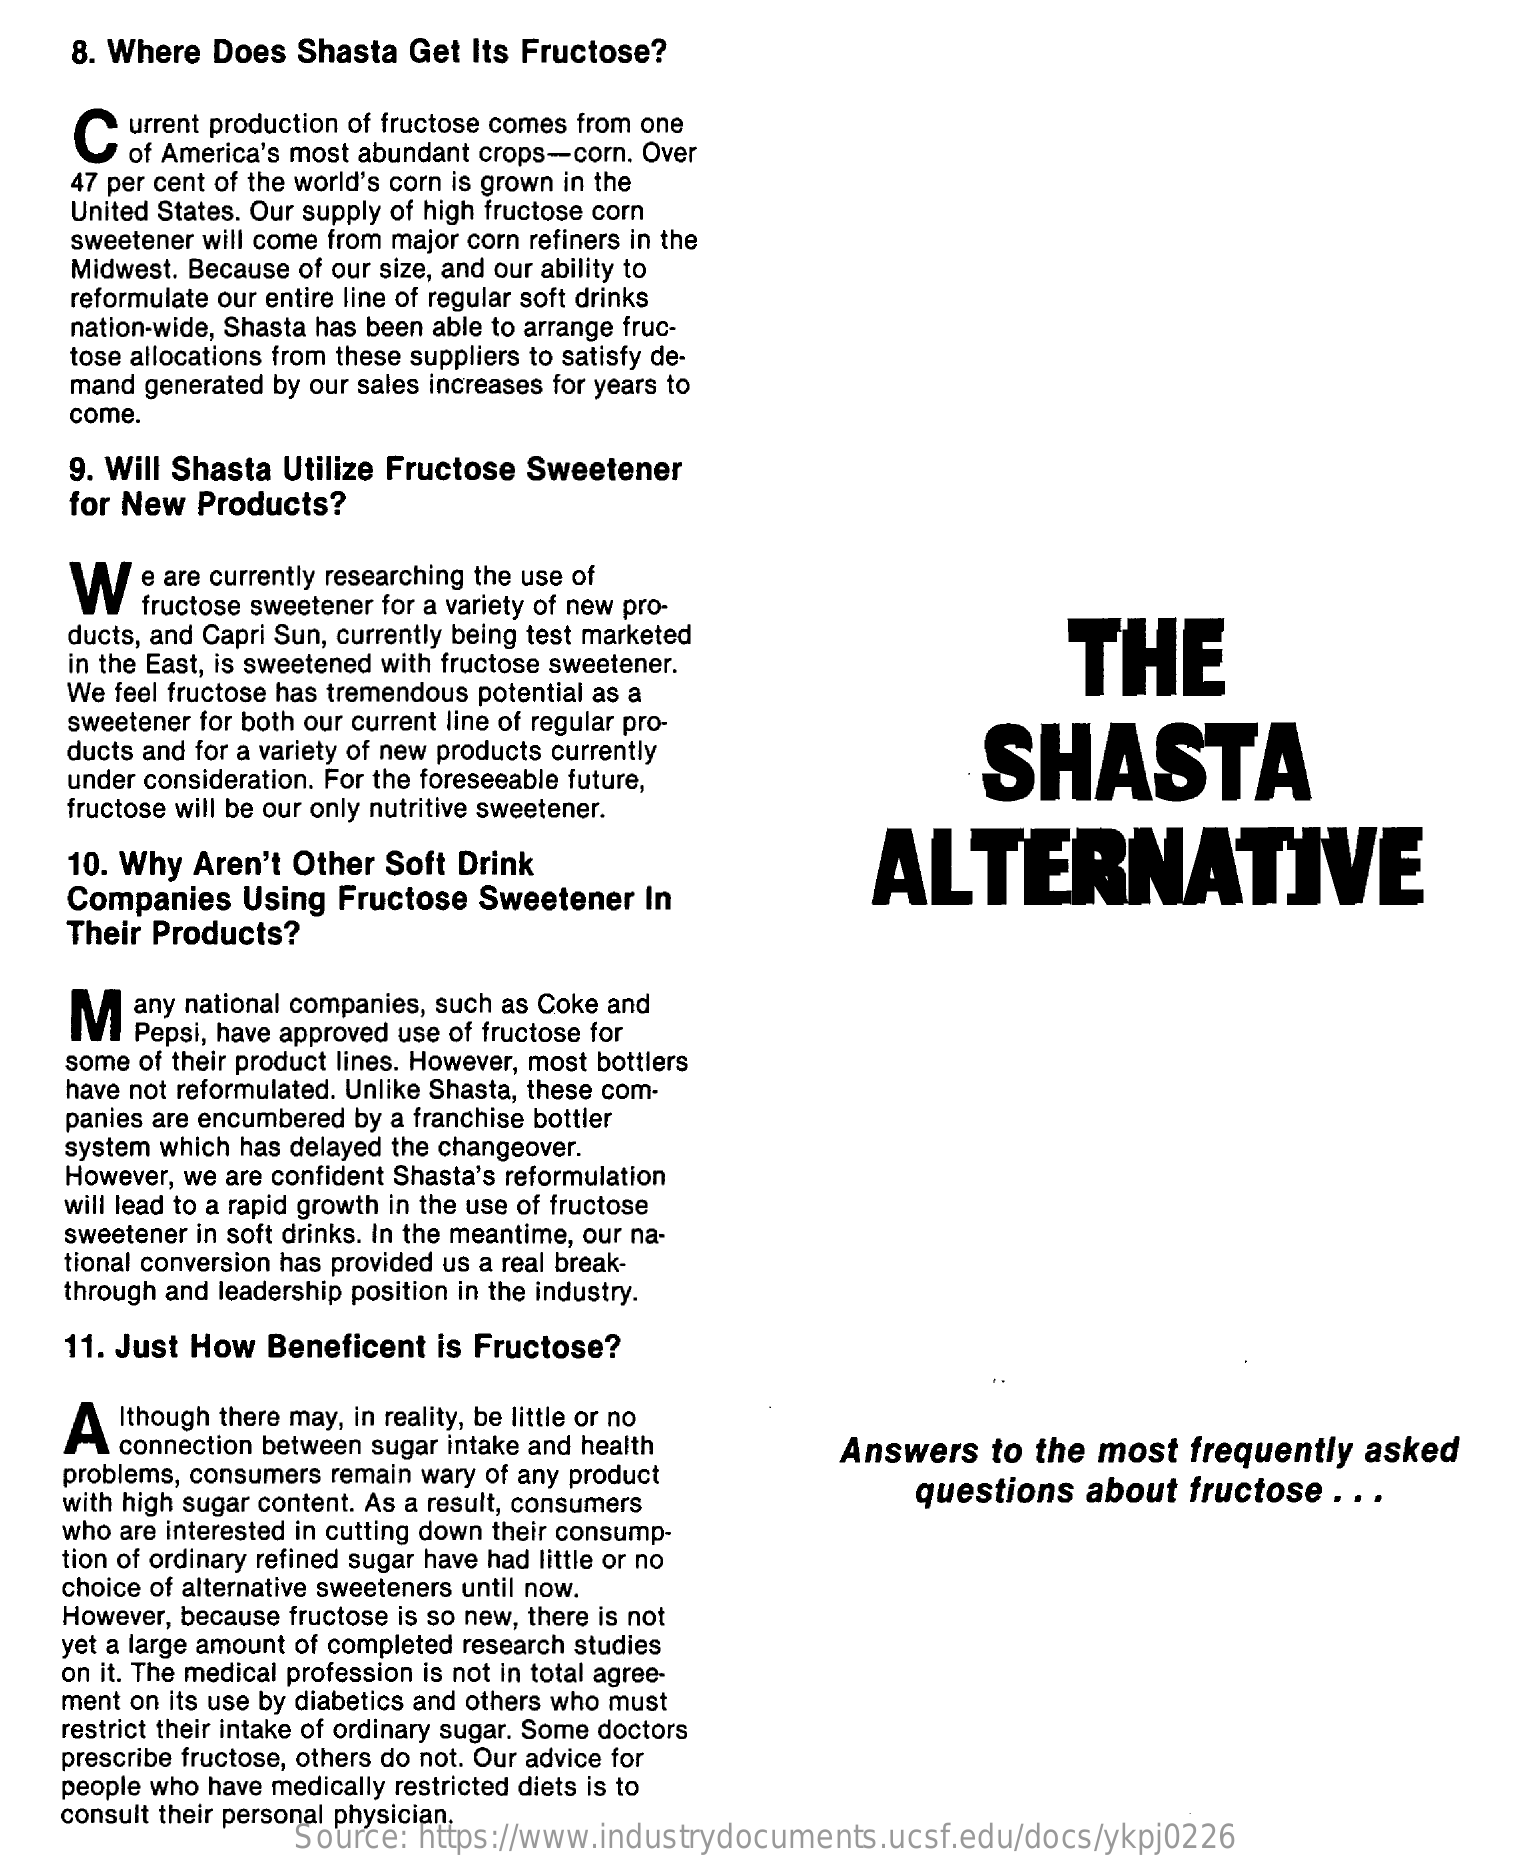
8. Where Does Shasta Get Its Fructose?
    C  urrent production of fructose comes from one
     of America's most abundant crops-corn. Over
    47 per cent of the world's corn is grown in the
    United States. Our supply of high fructose corn
    sweetener will come from major corn refiners in the
    Midwest. Because of our size, and our ability to
    reformulate our entire line of regular soft drinks
    nation-wide, Shasta has been able to arrange fruc-
    tose allocations from these suppliers to satisfy de-
    mand generated by our sales increases for years to
    come.
    9. Will Shasta Utilize Fructose Sweetener
    for New Products?
    W  e are currently researching the use of
     fructose sweetener for a variety of new pro-
    ducts, and Capri Sun, currently being test marketed
     THE in the East, is sweetened with fructose sweetener.
    We feel fructose has tremendous potential as a
    sweetener for both our current line of regular pro-
    ducts and for a variety of new products currently SHASTA
    under consideration. For the foreseeable future,
    fructose will be our only nutritive sweetener.
    10. Why Aren't Other Soft Drink    ALTERNATIVE
    Companies Using Fructose Sweetener In
    Their Products?
    M  any national companies, such as Coke and
     Pepsi, have approved use of fructose for
    some of their product lines. However, most bottlers
    have not reformulated. Unlike Shasta, these com-
   panies are encumbered by a franchise bottler
    system which has delayed the changeover.
    However, we are confident Shasta's reformulation
   will lead to a rapid growth in the use of fructose
    sweetener in soft drinks. In the meantime, our na-
    tional conversion has provided us a real break-
   through and leadership position in the industry.
    11. Just How Beneficent is Fructose?
   A  Ithough there may, in reality, be little or no
     connection between sugar intake and health
   problems, consumers remain wary of any product
     Answers to the most frequently asked
    with high sugar content. As a result, consumers questions about fructose . . .
   who are interested in cutting down their consump-
   tion of ordinary refined sugar have had little or no
   choice of alternative sweeteners until now.
   However, because fructose is so new, there is not
   yet a large amount of completed research studies
   on it. The medical profession is not in total agree-
   ment on its use by diabetics and others who must
   restrict their intake of ordinary sugar. Some doctors
   prescribe fructose, others do not. Our advice for
   people who have medically restricted diets is to
   consult their personal physician.
     Source: https://www.industrydocuments.ucsf.edu/docs/ykpj0226